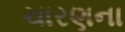
ચારણના